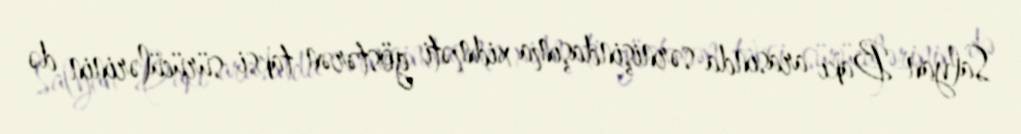
Salyan-Bakı arasında sərnişindaşıma xidməti göstərən taksi sürücülərinin də